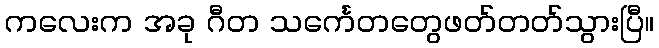
ကလေးက အခု ဂီတ သင်္ကေတတွေဖတ်တတ်သွားပြီ။